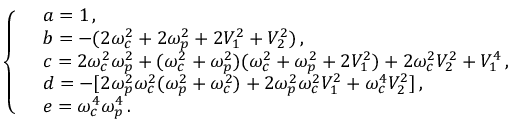
\left\{ \begin{array} { r l } & { a = 1 \, , } \\ & { b = - ( 2 { \omega } _ { c } ^ { 2 } + 2 { \omega } _ { p } ^ { 2 } + 2 V _ { 1 } ^ { 2 } + V _ { 2 } ^ { 2 } ) \, , } \\ & { c = 2 { \omega } _ { c } ^ { 2 } { \omega } _ { p } ^ { 2 } + ( { \omega } _ { c } ^ { 2 } + { \omega } _ { p } ^ { 2 } ) ( { \omega } _ { c } ^ { 2 } + { \omega } _ { p } ^ { 2 } + 2 V _ { 1 } ^ { 2 } ) + 2 { \omega } _ { c } ^ { 2 } V _ { 2 } ^ { 2 } + V _ { 1 } ^ { 4 } \, , } \\ & { d = - [ 2 { \omega } _ { p } ^ { 2 } { \omega } _ { c } ^ { 2 } ( { \omega } _ { p } ^ { 2 } + { \omega } _ { c } ^ { 2 } ) + 2 { \omega } _ { p } ^ { 2 } { \omega } _ { c } ^ { 2 } V _ { 1 } ^ { 2 } + { \omega } _ { c } ^ { 4 } V _ { 2 } ^ { 2 } ] \, , } \\ & { e = { \omega } _ { c } ^ { 4 } { \omega } _ { p } ^ { 4 } \, . } \end{array} \right.